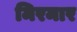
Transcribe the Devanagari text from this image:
मिरमार